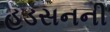
હડસનની